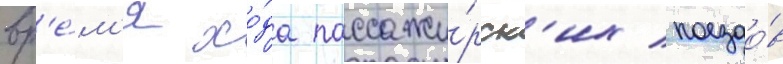
вр'е́м'я хо́да пассажи́рск'их поездо́в